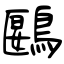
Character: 鶠